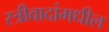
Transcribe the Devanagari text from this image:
स्त्रीवादांमधील